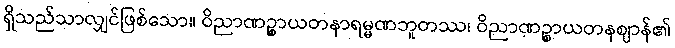
ရှိသည်သာလျှင်ဖြစ်သော။ ဝိညာဏဉ္စာယတနာရမ္မဏဘူတဿ၊ ဝိညာဏဉ္စာယတနဈာန်၏